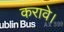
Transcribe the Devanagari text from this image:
करावे।